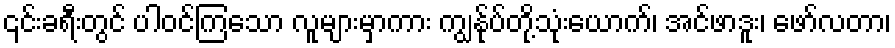
၎င်းခရီးတွင် ပါဝင်ကြသော လူများမှာကား ကျွန်ုပ်တို့သုံးယောက်၊ အင်ဖာဒူး၊ ဖော်လတာ၊